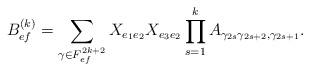
LaTeX: \begin{align*} B^{(k)}_{ef}=\sum_{\gamma \in F_{ef}^{2k+2}} X_{e_1e_2}X_{e_3e_2}\prod_{s=1}^{k}A_{\gamma_{2s}\gamma_{2s+2},\gamma_{2s+1}}.\end{align*}